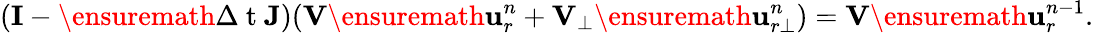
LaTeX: (\mathbf{I}-\ensuremath{\Delta\mathrm{~t~}}\mathbf{J})(\mathbf{V}\ensuremath{\mathbf{u}}_{r}^{n}+\mathbf{V}_{\bot}\ensuremath{\mathbf{u}}_{r\bot}^{n})=\mathbf{V}\ensuremath{\mathbf{u}}_{r}^{n-1}.